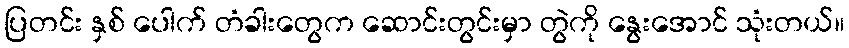
ပြတင်း နှစ် ပေါက် တံခါးတွေက ဆောင်းတွင်းမှာ တွဲကို နွေးအောင် သုံးတယ်။